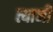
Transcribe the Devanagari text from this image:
त्यानीं